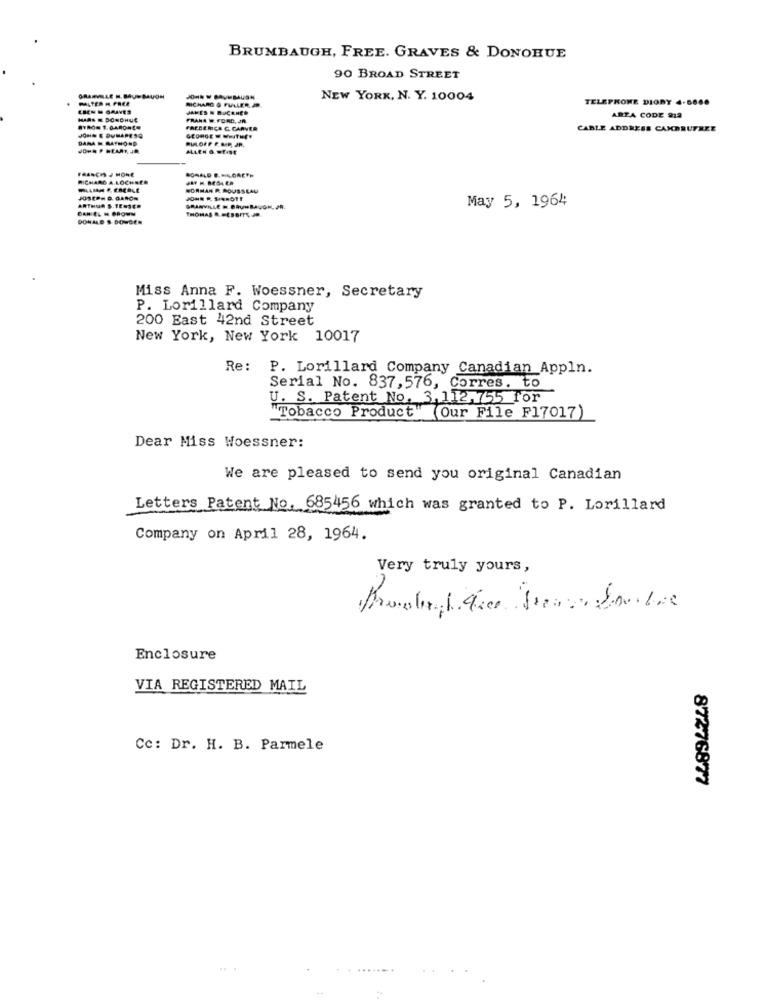
BRUMBAUGH, FREE. GRAVES & DONOHUE
90 BROAD STREET
PATER M FREE
RICHARD & FULLER JD
NEW YORK, N. Y. 10004
TELEPHONE DIODY 4-6660
LBEN M GRAVES
JAMES N BUCKNER
HARS & PONDHUL
PRAHA W.FORD, JR.
AREA CODE 212
STRON 1. GARDNER
FREDERICE G. CARVER
CABLE ADDRESS CAMDRUFREE
DAMA N AATHOND
GEORGE . WHITHEY
ALLEN 6.ST.SE
RICHARD A.LOCHSER
#ORMAN R. ROUSSEAU
ARTHUR S.TENTER
DANIEL M BROWN
GRANVILLE H BRUMBAUGH, JR.
May 5, 1964
DONALD S. DOMGEN
Miss Anna F. Woessner, Secretary
P. Lorillard Company
200 East 42nd Street
New York, New York 10017
Re: P. Lorillard Company Canadian Appln.
Serial No. 837,576, Corres. to
U. S. Patent No. 3,112,755 for
"Tobacco Product" (Our File F17017)
Dear Miss Woessner:
We are pleased to send you original Canadian
Letters Patent No. 685456 which was granted to P. Lorillard
Company on April 28, 1964.
Very truly yours,
Enclosure
VIA REGISTERED MAIL
Cc: Dr. H. B. Parmele
87276877
......